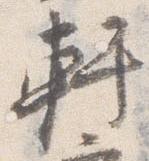
軒